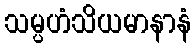
သမ္ပဟံသိယမာနာနံ